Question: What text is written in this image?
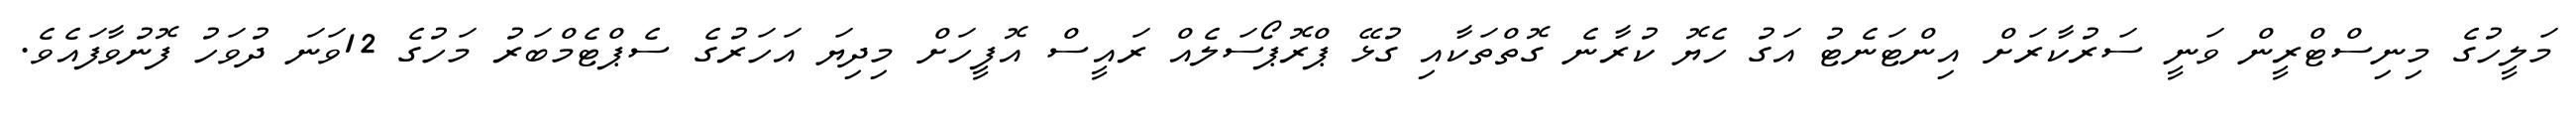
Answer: މަލީހުގެ މިނިސްޓްރީން ވަނީ ސަރުކާރަށް އިންޓަނެޓު އަގު ހެޔޮ ކުރާނެ ގޮތްތަކާއި ގުޅޭ ޕްރޮޕޯސަލެއް ރައީސް އޮފީހަށް މިދިޔަ އަހަރުގެ ސެޕްޓެމްބަރު މަހުގެ 12ވަނަ ދުވަހު ފޮނުވާފައެވެ.